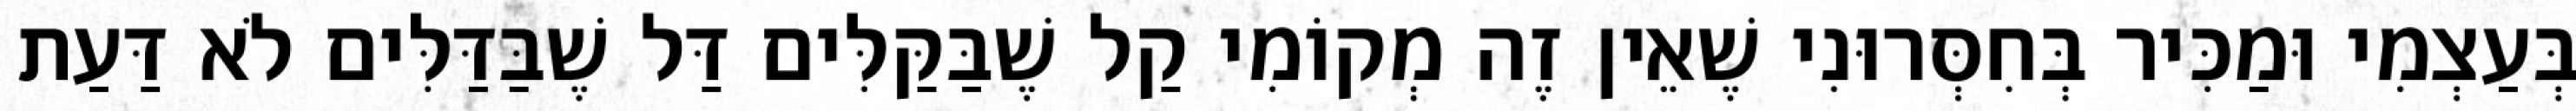
בְּעַצְמִי וּמַכִּיר בְּחִסְּרוּנִי שֶׁאֵין זֶה מְקוֹמִי קַל שֶׁבַּקַּלִּים דַּל שֶׁבַּדַּלִּים לֹא דַּעַת